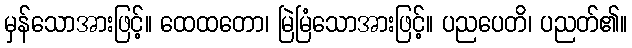
မှန်သောအားဖြင့်။ ထေထတော၊ မြဲမြံသောအားဖြင့်။ ပညပေတိ၊ ပညတ်၏။